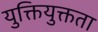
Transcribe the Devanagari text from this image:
युक्तियुक्तता